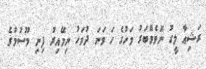
ރަޝިއާ ލީގު ނޮވެމްބަރު މަހުގެ ހަ ވަނަ ދުވަހު ނިމޭއިރު ފިނި މޫސުމުގެ